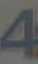
A